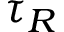
\tau _ { R }